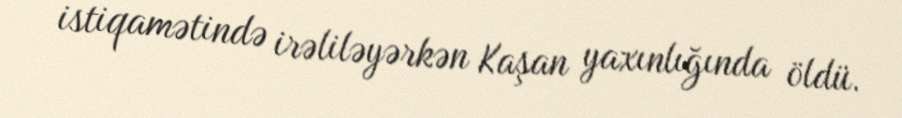
istiqamətində irəliləyərkən Kaşan yaxınlığında öldü.